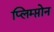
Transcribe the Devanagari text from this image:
प्लिम्प्तोन